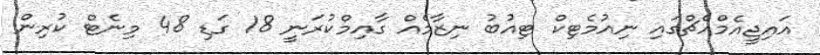
އައިޖީއެމްއެޗްގައި ނިއުމެޓިކް ޓިއުބު ނިޒާމެއް ގާއިމްކުރަނީ 18 ގަޑި 48 މިނެޓް ކުރިން